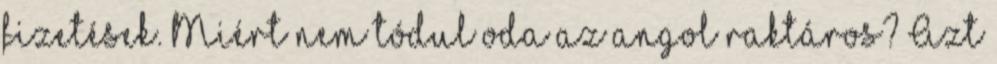
fizetések. Miért nem tódul oda az angol raktáros? Azt